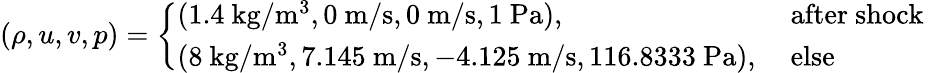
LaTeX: (\rho,u,v,p)=\left\{ \begin{array}{ll}{(1.4\mathrm{~kg}/\mathrm{m}^{3},0\mathrm{~m}/\mathrm{s},0\mathrm{~m}/\mathrm{s},1\mathrm{~Pa}),}&{\mathrm{~after~shock~}}\\ {(8\mathrm{~kg}/\mathrm{m}^{3},7.145\mathrm{~m}/\mathrm{s},-4.125\mathrm{~m}/\mathrm{s},116.8333\mathrm{~Pa}),}&{\mathrm{~else~}}\end{array}\right.